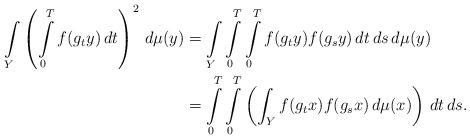
LaTeX: \begin{align*}\int\limits_Y \left(\int\limits_0^T f(g_t y) \, dt \right)^2\,d\mu(y) &= \int\limits_Y \int\limits_0^T \int\limits_0^T f(g_t y) f(g_s y) \, dt \, ds \, d\mu(y) \\ &= \int\limits_0^T\int\limits_0^T \left(\int_{Y} f(g_t x) f(g_s x) \, d\mu(x)\right) \, dt \, ds .\end{align*}